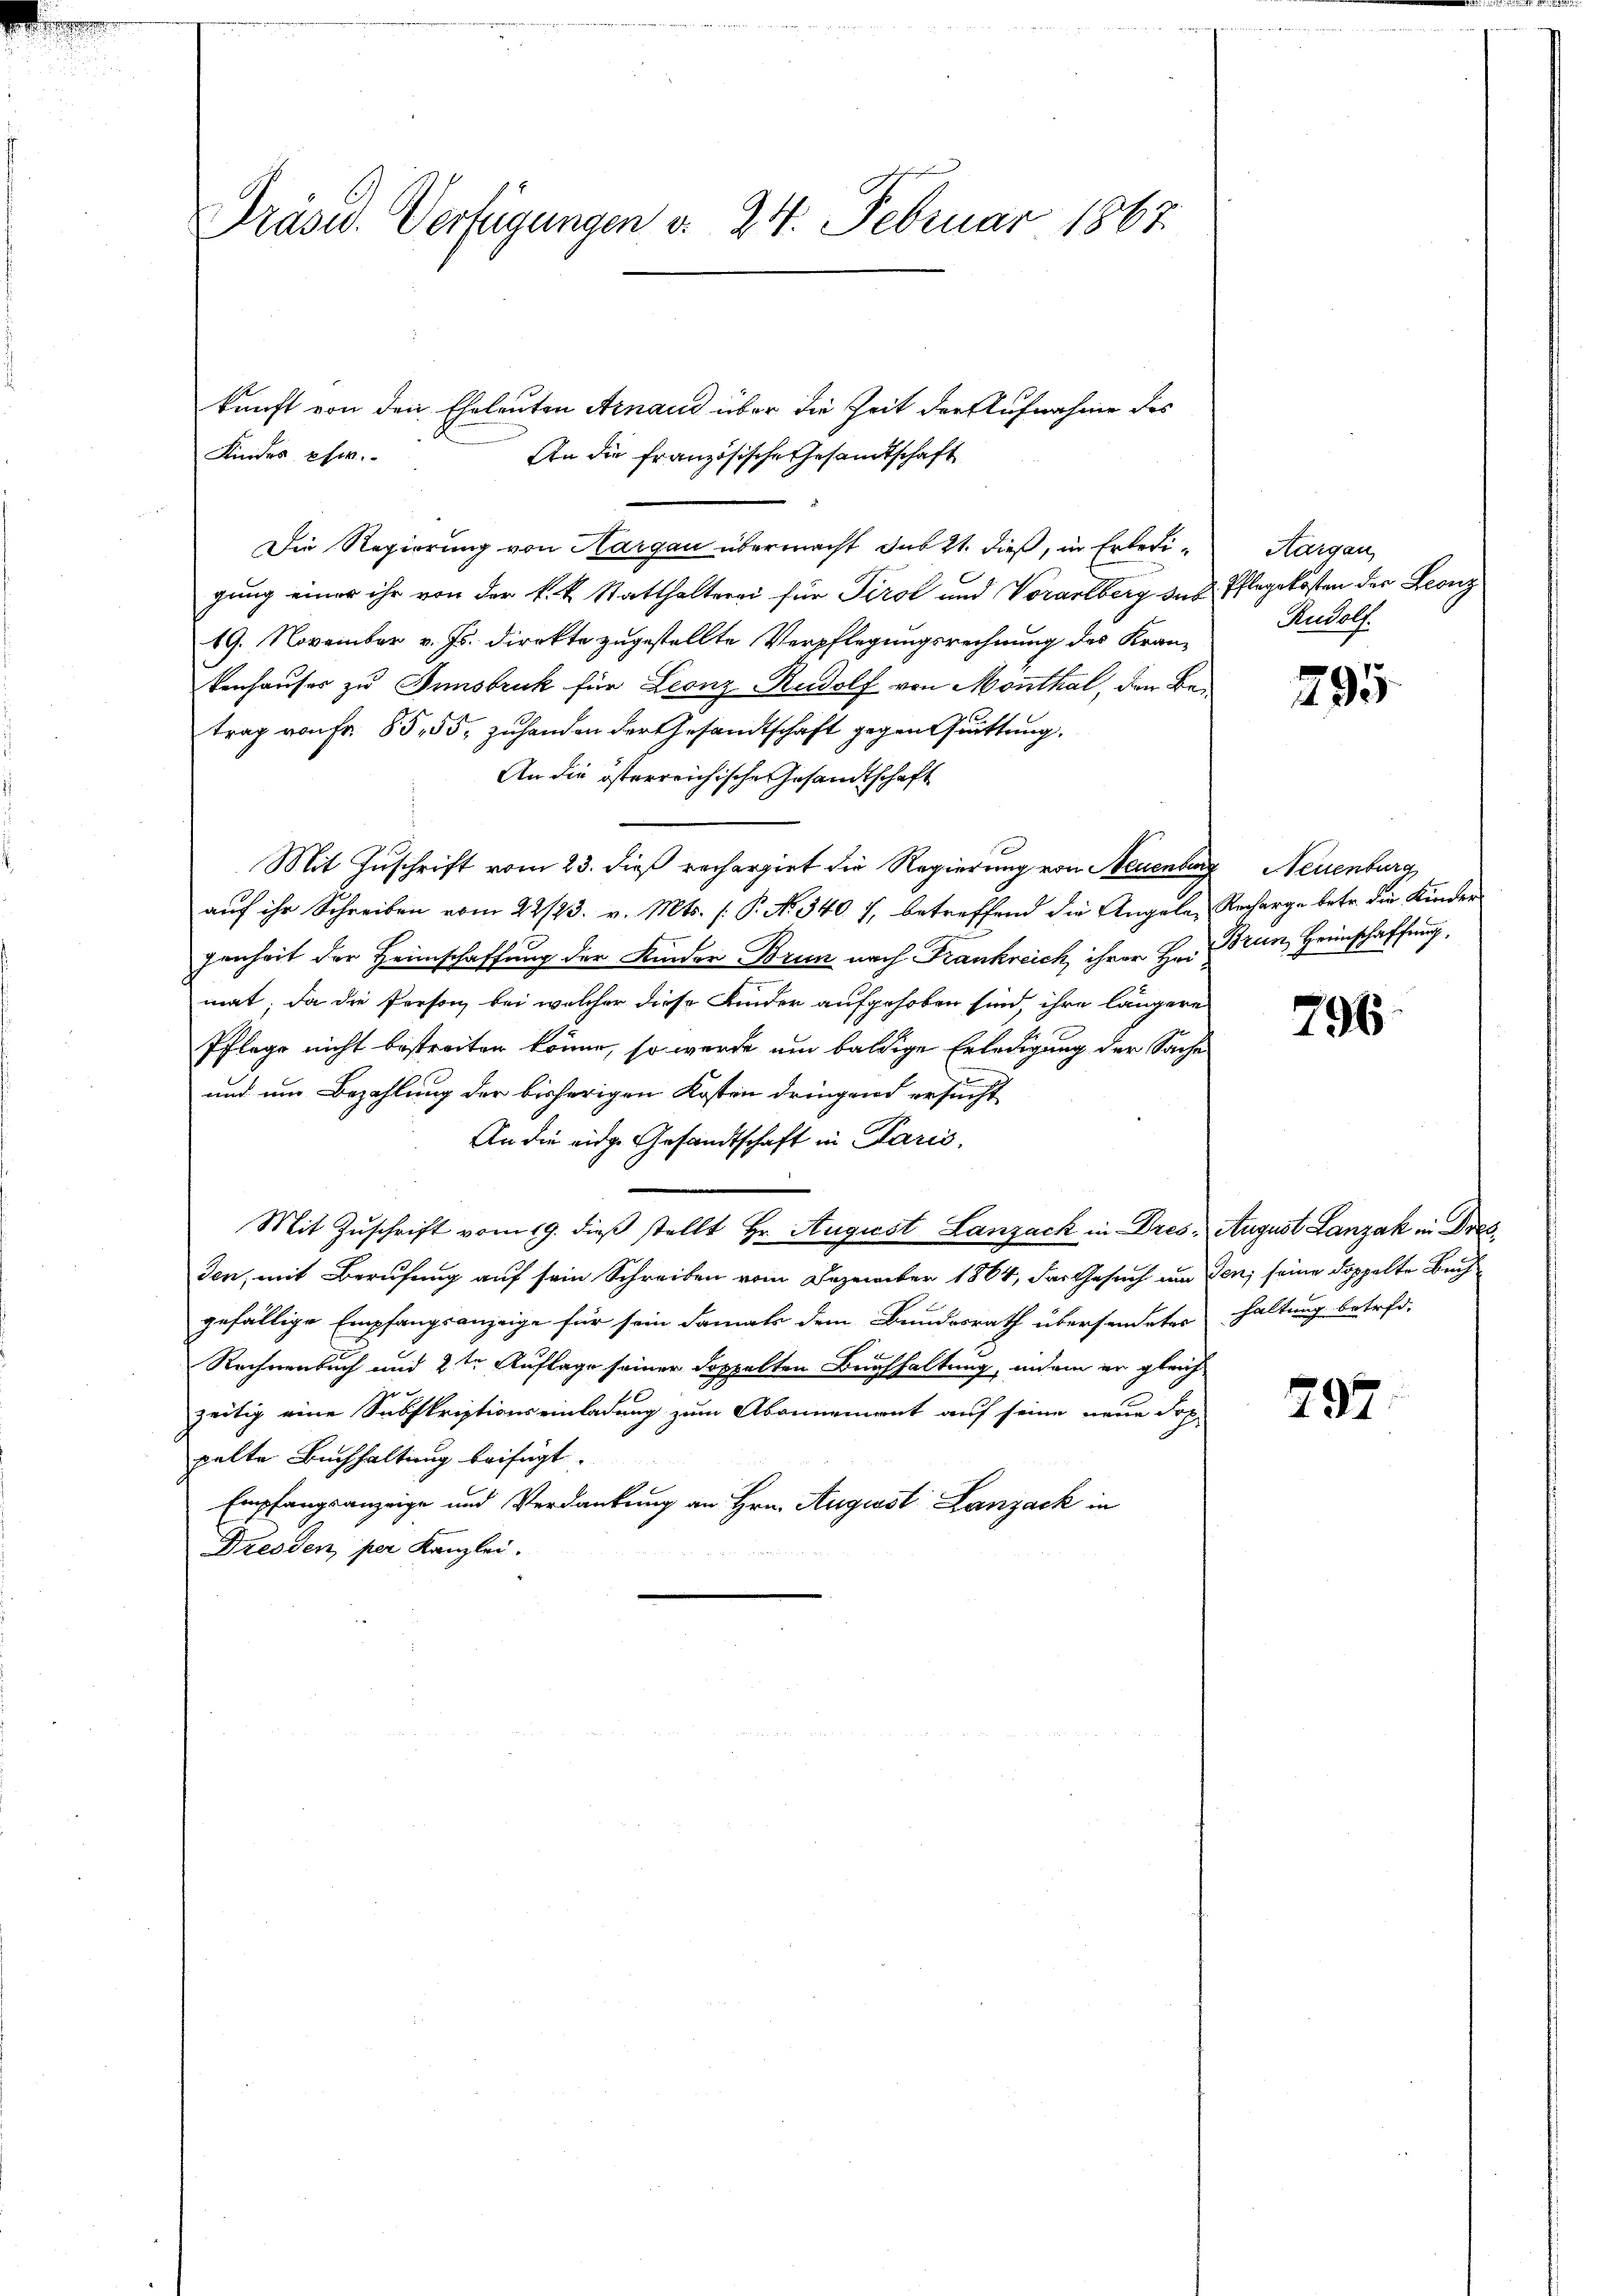
Präsid. Verfügungen d. 24. Februar 1867.

Die Regierung von Hargau übermacht sub 21. dieß, in Erledigung einer ihr von der k. k. Statthalterei für Tirol und Vorarlberg des Pflegekosten der Leonz
19. November v. Js. direkte zugestellte Verpflegungsrechnung des Kran-
kenhauses zu Innsbruck für Leonz-Rudolf von Monthal, den Betrag von Fr. 85,55, zuhanden der Gesandtschaft gegen Quittung.
An die österreichische Gesandtschaft
Mit Zuschrift vom 23. dieß rechargirt die Regierung von Neuenburg Neuenburg
auf ihr Schreiben vom 22/23. v. Mts. (: P. No. 340 7, betreffend die Angelen Recharge betr. die Kinder
genheit der Heimschaffung der Kinder Brun nach Frankreich ihrer Hr. Bran, Heimschaffung,
mat; da die Person bei welcher diese Kinder aufgehoben sind, ihre längere
Pflege nicht bestreiten könne, so werde um baldige Erledigung der Sache
und um Bezahlung der bisherigen Kosten dringend ersucht
An die eidge Gesandtschaft in Paris,
Mit Zuschrift vom 19. dieβ stellt Hr. August Lanzack in Dres August Lanzák in Dres
den, mit Berufung auf sein Schreiben vom Dezember 1864, das Gesuch um den, seine doppelte Buchgefällige Empfangsanzeige für sein damals dem Bundesrath übersendetes haltung betref-
Rechnenbach und 2ten Auflage seiner doppelten Baufhaltung, indem er gleich
zeitig eine Subskriptionseinladung zum Abonnement auf seine neue dop-
pelte Buchhaltung beifügt.
Empfangsanzeige und Verdankung an Hrn. August Lanzack in
Dresden, per Kanzlei.

Kindes phi

An die französische Gesandtschaft

kunft von den Eheleuten Arnaud über die Zeit der Aufnahme des

Aargau
Rudolf.

295

796

797.